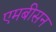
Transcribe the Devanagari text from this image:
एमबीसन